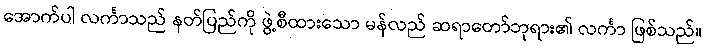
အောက်ပါ လင်္ကာသည် နတ်ပြည်ကို ဖွဲ့စီထားသော မန်လည် ဆရာတော်ဘုရား၏ လင်္ကာ ဖြစ်သည်။